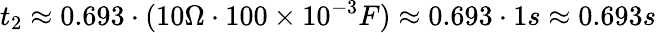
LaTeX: t_{2}\approx 0.693\cdot(10\Omega\cdot 100\times 10^{-3}F)\approx 0.693\cdot 1s\approx 0.693s